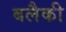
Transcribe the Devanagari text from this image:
बलैकी